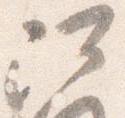
阿